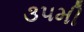
૩૫મી